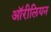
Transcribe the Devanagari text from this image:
ऑरीलियन